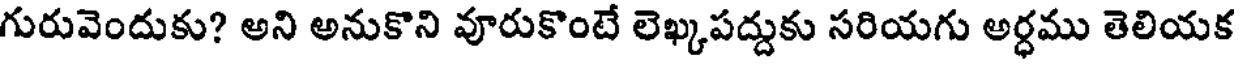
గురువెందుకు? అని అనుకొని వూరుకొంటే లెఖ్కపద్దుకు సరియగు అర్ధము తెలియక